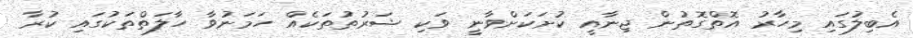
އެބިލުގައި މިހާރު އޮތްގޮތުން ޖިނާއީ ކުށަަކަށްވާނީ ވަކި ޝަރުތުތަކެއް ހަމަނުވާ ހާލަތްތަކުގައި ކުރާ